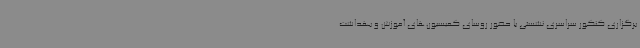
برگزاری کنکور سراسری نشستی با حضور روسای کمیسیون‌های آموزش و بهداشت